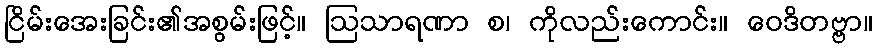
ငြိမ်းအေးခြင်း၏အစွမ်းဖြင့်။ ဩသာရဏာ စ၊ ကိုလည်းကောင်း။ ဝေဒိတဗ္ဗာ။